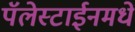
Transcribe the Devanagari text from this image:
पॅलेस्टाईनमधे